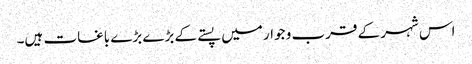
اس شہر کے قرب و جوار میں پستے کے بڑے بڑے باغات ہیں۔